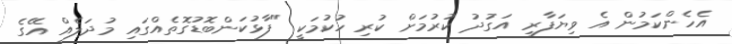
އެހެންކަމުން އެ ވިޔަފާރި އަގުދު ކުރުމަށް ކުރި ހުކުމަކީ "ފާޅުކަންބޮޑުގޮތެއްގައި މުދަލެއް އޭގެ